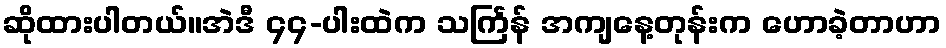
ဆိုထားပါတယ်။အဲဒီ ၄၄-ပါးထဲက သင်္ကြန် အကျနေ့တုန်းက ဟောခဲ့တာဟာ